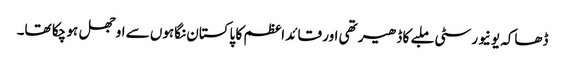
ڈھاکہ یونیورسٹی ملبے کا ڈھیر تھی اور قائد اعظم کا پاکستان نگاہوں سے اوجھل ہو چکا تھا۔